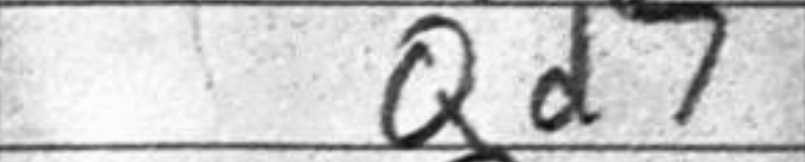
Transcription: Qd7